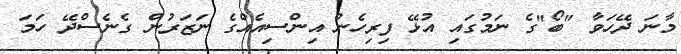
މާނަ ދޭހަވާ "ބޯ"ގެ ނަމުގައި އުޅޭ ފިރިހެން އިންސިއެއްގެ ނަޒަރުން ގެނެސްދޭ ހަމަ